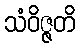
သံဝိဇ္ဇတိ